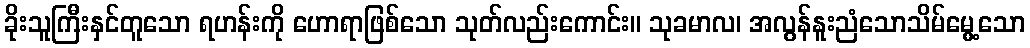
ခိုးသူကြီးနှင်တူသော ရဟန်းကို ဟောရာဖြစ်သော သုတ်လည်းကောင်း။ သုခမာလ၊ အလွန်နူးညံသောသိမ်မွေ့သော